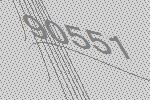
90551